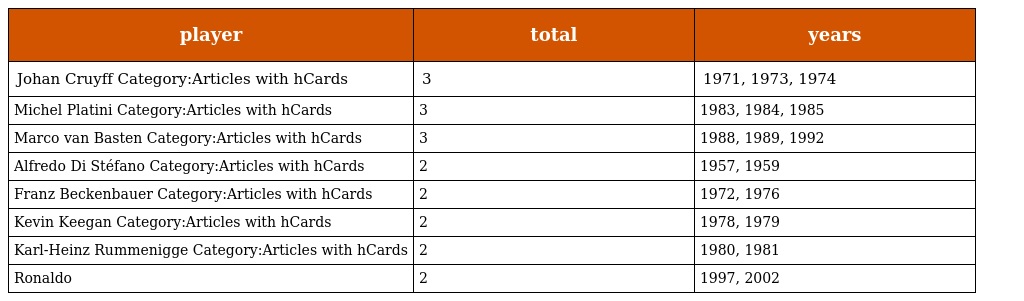
| player | total | years |
 | --- | --- | --- |
 | Johan Cruyff Category:Articles with hCards | 3 | 1971, 1973, 1974 |
 | Michel Platini Category:Articles with hCards | 3 | 1983, 1984, 1985 |
 | Marco van Basten Category:Articles with hCards | 3 | 1988, 1989, 1992 |
 | Alfredo Di Stéfano Category:Articles with hCards | 2 | 1957, 1959 |
 | Franz Beckenbauer Category:Articles with hCards | 2 | 1972, 1976 |
 | Kevin Keegan Category:Articles with hCards | 2 | 1978, 1979 |
 | Karl-Heinz Rummenigge Category:Articles with hCards | 2 | 1980, 1981 |
 | Ronaldo | 2 | 1997, 2002 |